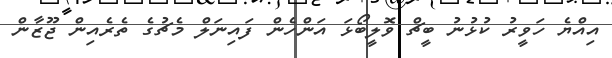
އިއްޔެ ހަވީރު ކުޅުނު ބީޗް ވޮލީބޯޅަ އަންހެން ފައިނަލް މެޗުގެ ތެރެއިން ޖޫޒާން